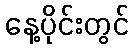
နေ့ပိုင်းတွင်